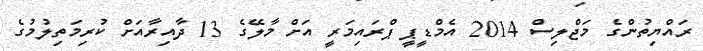
ރައްޔިތުންގެ މަޖްލިސް 2014 އެމްޑީޕީ ޕްރައިމަރީ އަށް މާލޭގެ 13 ދާއިރާއަށް ކުރިމަތިލުމުގެ